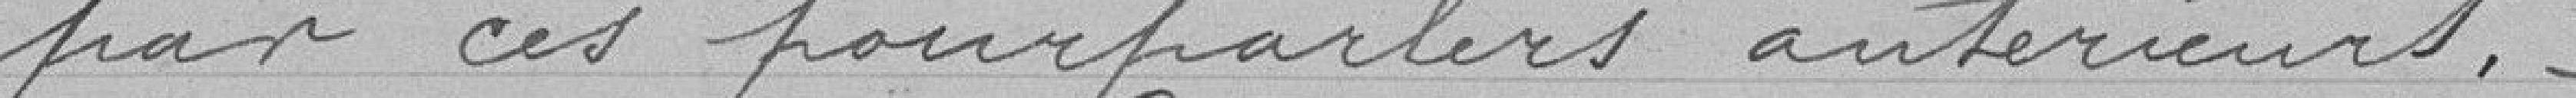
par ces pourparlers antérieurs